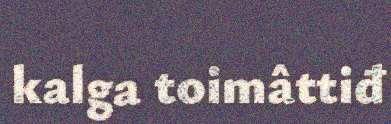
kalga toimâttiđ